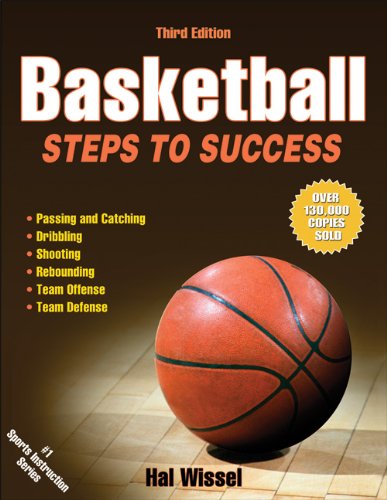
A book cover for Basketball-3rd Edition: Steps to Success (Steps to Success Activity Series); Hal Wissel; Sports & Outdoors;